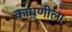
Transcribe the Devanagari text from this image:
कापणीला